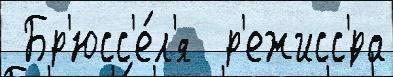
 Бр'юсс'е́л'я  р'ежисс'́ра